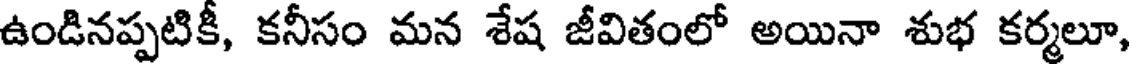
ఉండినప్పటికీ, కనీసం మన శేష జీవితంలో అయినా శుభ కర్మలూ,